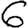
Digit: 6